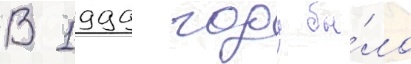
В 1999 году бы́ло